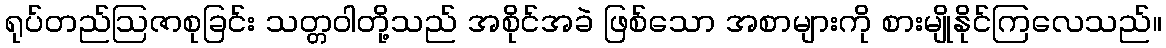
ရုပ်တည်ဩဇာစုခြင်း သတ္တဝါတို့သည် အစိုင်အခဲ ဖြစ်သော အစာများကို စားမျိုနိုင်ကြလေသည်။